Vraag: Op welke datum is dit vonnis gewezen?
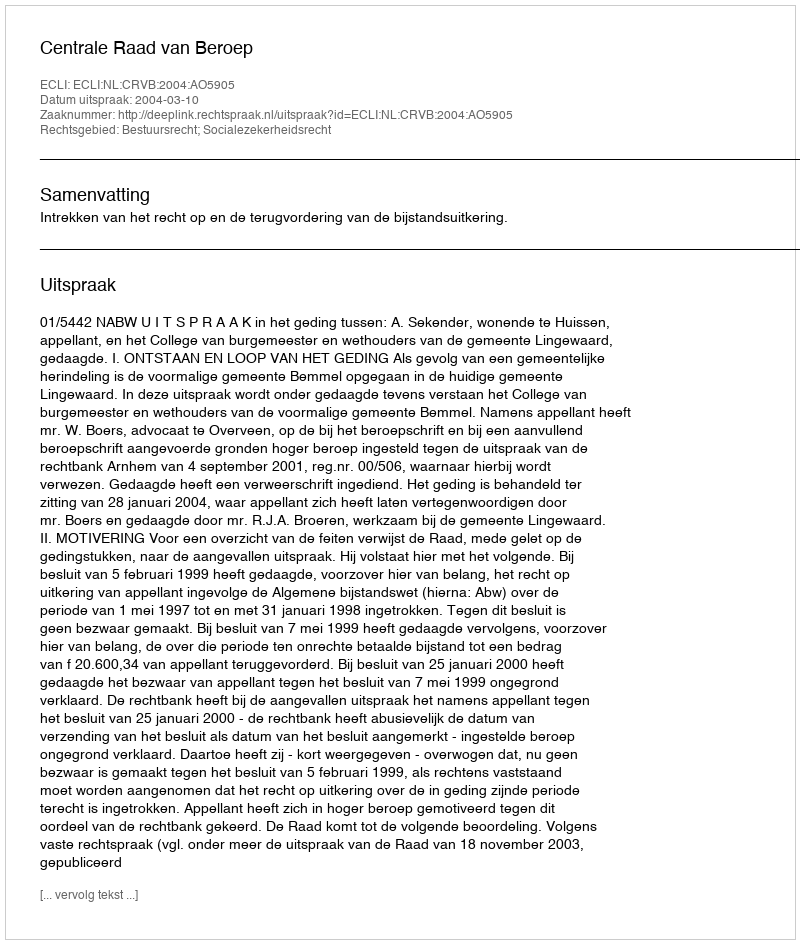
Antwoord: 2004-03-10